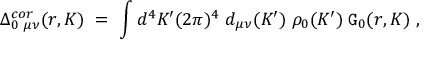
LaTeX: \Delta _ { 0 \; \mu \nu } ^ { c o r } ( r , K ) \; = \; \int { d ^ { 4 } K ^ { \prime } } { ( 2 \pi ) ^ { 4 } } \; d _ { \mu \nu } ( K ^ { \prime } ) \; \rho _ { 0 } ( K ^ { \prime } ) \; { \tt G } _ { 0 } ( r , K ) \; ,